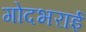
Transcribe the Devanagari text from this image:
गोदभराई